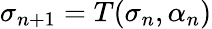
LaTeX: \sigma_{n+1}={T}(\sigma_{n},\alpha_{n})